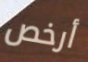
أرخص